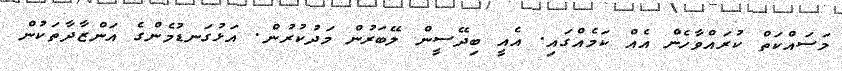
މަސައްކަތް ކުރައްވާހެން އެއް ކަމެއްގައި. އެއީ ބިދޭސީން ލޭބަރުން މަދުކުރުން. އަޅުގަނޑުމެންގެ އަންޒާދާތަކުން